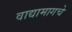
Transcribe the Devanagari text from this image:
वाद्यामागचे